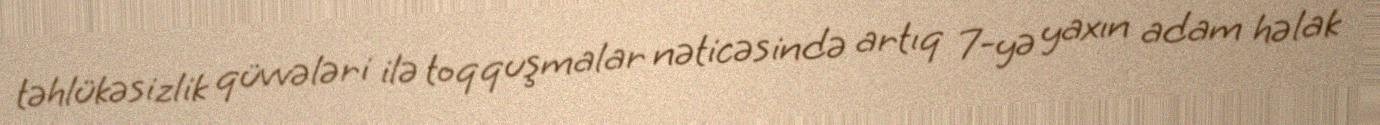
təhlükəsizlik qüvvələri ilə toqquşmalar nəticəsində artıq 7-yə yaxın adam həlak